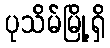
ပုသိမ်မြို့ရှိ